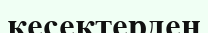
кесектерден